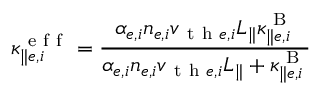
\kappa _ { \parallel e , i } ^ { \mathrm { ~ e ~ f ~ f ~ } } = \frac { \alpha _ { e , i } n _ { e , i } v _ { \mathrm { ~ t ~ h ~ } e , i } L _ { \parallel } \kappa _ { \parallel e , i } ^ { \mathrm { ~ B ~ } } } { \alpha _ { e , i } n _ { e , i } v _ { \mathrm { ~ t ~ h ~ } e , i } L _ { \parallel } + \kappa _ { \parallel e , i } ^ { \mathrm { ~ B ~ } } }